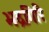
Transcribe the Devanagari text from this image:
भद्रगिरि